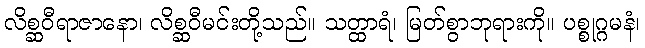
လိစ္ဆဝီရာဇာနော၊ လိစ္ဆဝီမင်းတို့သည်။ သတ္ထာရံ၊ မြတ်စွာဘုရားကို။ ပစ္စုဂ္ဂမနံ၊